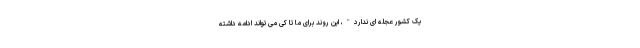
یک کشور عجله ای ندارد"، این روند برای ما تا کی می تواند ادامه داشته